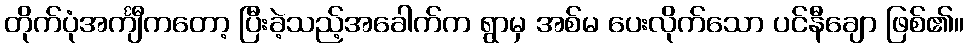
တိုက်ပုံအင်္ကျီကတော့ ပြီးခဲ့သည့်အခေါက်က ရွာမှ အစ်မ ပေးလိုက်သော ပင်နီချော ဖြစ်၏။